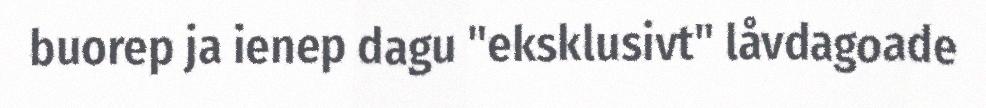
buorep ja ienep dagu "eksklusivt" låvdagoade